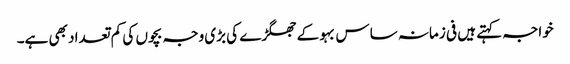
خواجہ کہتے ہیں فی زمانہ ساس بہو کے جھگڑے کی بڑی وجہ بچوں کی کم تعداد بھی ہے۔